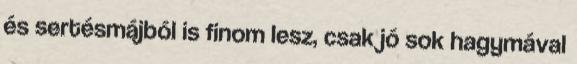
és sertésmájból is finom lesz, csak jó sok hagymával